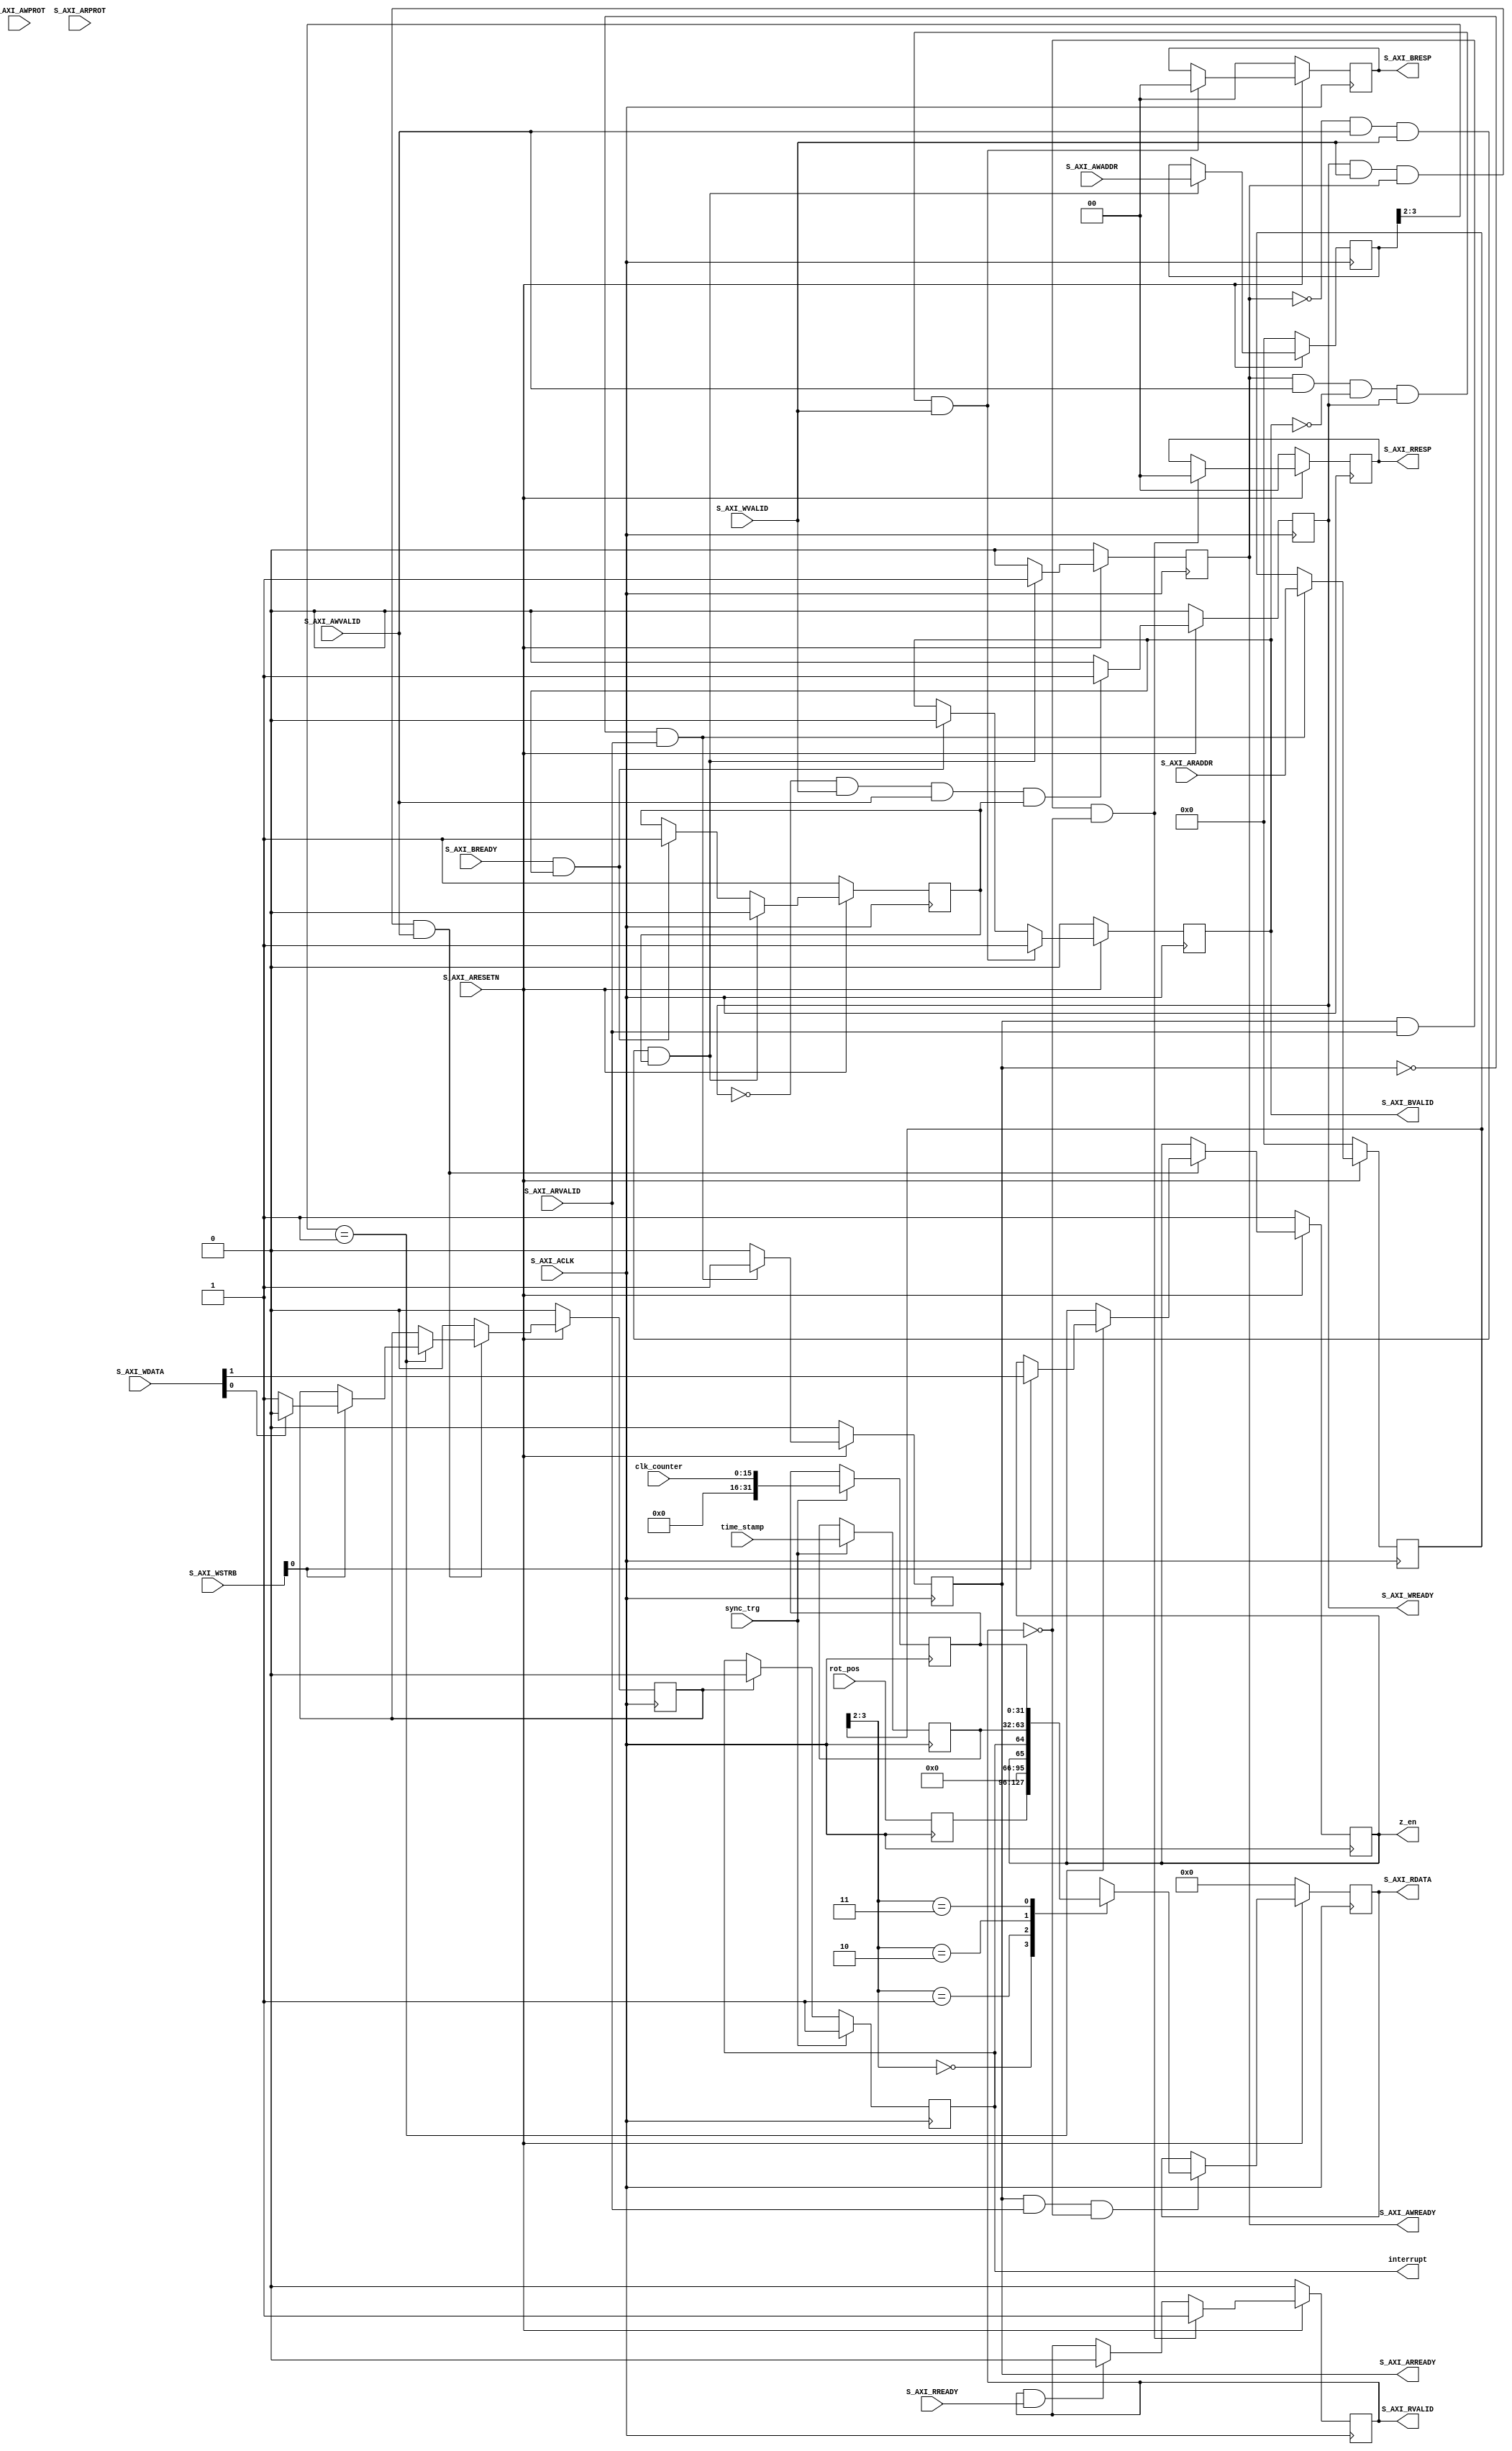
`timescale 1 ns / 1 ps

module axi_gb_rotary_S00_AXI
    (
        input wire sync_trg,
        input wire [31:0] rot_pos,
        input wire [31:0] time_stamp,
        input wire [15:0] clk_counter,
        output wire interrupt,
        output wire z_en,

        input wire  S_AXI_ACLK,
        input wire  S_AXI_ARESETN,
        input wire [3 : 0] S_AXI_AWADDR,
        input wire [2 : 0] S_AXI_AWPROT,
        input wire  S_AXI_AWVALID,
        output wire  S_AXI_AWREADY,
        input wire [31 : 0] S_AXI_WDATA,
        input wire [3 : 0] S_AXI_WSTRB,
        input wire  S_AXI_WVALID,
        output wire  S_AXI_WREADY,
        output wire [1 : 0] S_AXI_BRESP,
        output wire  S_AXI_BVALID,
        input wire  S_AXI_BREADY,
        input wire [3 : 0] S_AXI_ARADDR,
        input wire [2 : 0] S_AXI_ARPROT,
        input wire  S_AXI_ARVALID,
        output wire  S_AXI_ARREADY,
        output wire [31 : 0] S_AXI_RDATA,
        output wire [1 : 0] S_AXI_RRESP,
        output wire  S_AXI_RVALID,
        input wire  S_AXI_RREADY
    );

    // AXI4LITE signals
    reg [3 : 0]     axi_awaddr;
    reg             axi_awready;
    reg             axi_wready;
    reg [1 : 0]     axi_bresp;
    reg             axi_bvalid;
    reg [3 : 0]     axi_araddr;
    reg             axi_arready;
    reg [31 : 0]    axi_rdata;
    reg [1 : 0]     axi_rresp;
    reg             axi_rvalid;

    localparam integer ADDR_LSB = 2;
    localparam integer OPT_MEM_ADDR_BITS = 1;

    reg [31:0]  slv_reg0;
    reg [31:0]  slv_reg1;
    reg [31:0]  slv_reg2;
    reg [31:0]  slv_reg3;
    wire        slv_reg_rden;
    wire        slv_reg_wren;
    reg [31:0]  reg_data_out;
    integer     byte_index;
    reg         aw_en;
    
    reg sync_detected;
    reg intr_reset;
    reg z_en_reg;
    
    assign interrupt = sync_detected;

    // I/O Connections assignments

    assign S_AXI_AWREADY	= axi_awready;
    assign S_AXI_WREADY	= axi_wready;
    assign S_AXI_BRESP	= axi_bresp;
    assign S_AXI_BVALID	= axi_bvalid;
    assign S_AXI_ARREADY	= axi_arready;
    assign S_AXI_RDATA	= axi_rdata;
    assign S_AXI_RRESP	= axi_rresp;
    assign S_AXI_RVALID	= axi_rvalid;

    always @( posedge S_AXI_ACLK ) begin
        if ( S_AXI_ARESETN == 1'b0 ) begin
            axi_awready <= 1'b0;
            aw_en <= 1'b1;
        end else begin
            if (~axi_awready && S_AXI_AWVALID && S_AXI_WVALID && aw_en) begin
                axi_awready <= 1'b1;
                aw_en <= 1'b0;
            end else if (S_AXI_BREADY && axi_bvalid) begin
                aw_en <= 1'b1;
                axi_awready <= 1'b0;
            end else begin
                axi_awready <= 1'b0;
            end
        end
    end

    always @( posedge S_AXI_ACLK ) begin
        if ( S_AXI_ARESETN == 1'b0 ) begin
            axi_awaddr <= 0;
        end else begin    
            if (~axi_awready && S_AXI_AWVALID && S_AXI_WVALID && aw_en) begin
                axi_awaddr <= S_AXI_AWADDR;
            end
        end 
    end

    always @( posedge S_AXI_ACLK ) begin
        if ( S_AXI_ARESETN == 1'b0 ) begin
            axi_wready <= 1'b0;
        end else begin    
            if (~axi_wready && S_AXI_WVALID && S_AXI_AWVALID && aw_en ) begin
                axi_wready <= 1'b1;
            end else begin
                axi_wready <= 1'b0;
            end
        end 
    end       

    assign slv_reg_wren = axi_wready && S_AXI_WVALID && axi_awready && S_AXI_AWVALID;

    always @( posedge S_AXI_ACLK ) begin
        if ( S_AXI_ARESETN == 1'b0 ) begin
            slv_reg1 <= 0;
            intr_reset <= 1'b0;
            z_en_reg <= 1'b1;
        end else begin
            if (slv_reg_wren) begin
                case ( axi_awaddr[ADDR_LSB+OPT_MEM_ADDR_BITS:ADDR_LSB] )
                2'h1:
                    if ( S_AXI_WSTRB[0] == 1) begin // 7 to 0
                        // 0: interrupt status. Put 0 to reset
                        if ( S_AXI_WDATA[0] == 1'b0 )
                            intr_reset <= 1'b1;
                        else
                            intr_reset <= 1'b0;
                        z_en_reg <= S_AXI_WDATA[1];
                    end
                default : begin
                    ;
                end
                endcase
            end else begin
                intr_reset <= 1'b0;
                z_en_reg <= z_en_reg;
            end
        end
    end

    always @( posedge S_AXI_ACLK )
    begin
        if ( S_AXI_ARESETN == 1'b0 )
        begin
            axi_bvalid  <= 0;
            axi_bresp   <= 2'b0;
        end
        else
        begin
            if (axi_awready && S_AXI_AWVALID && ~axi_bvalid && axi_wready && S_AXI_WVALID)
            begin
                // indicates a valid write response is available
                axi_bvalid <= 1'b1;
                axi_bresp  <= 2'b0; // 'OKAY' response 
            end                   // work error responses in future
            else
            begin
                if (S_AXI_BREADY && axi_bvalid)
                begin
                    axi_bvalid <= 1'b0; 
                end
            end
        end
    end   

    always @( posedge S_AXI_ACLK )
    begin
        if ( S_AXI_ARESETN == 1'b0 ) begin
            axi_arready <= 1'b0;
            axi_araddr  <= 32'b0;
        end else begin
            if (~axi_arready && S_AXI_ARVALID) begin
                axi_arready <= 1'b1;
                axi_araddr  <= S_AXI_ARADDR;
            end else begin
                axi_arready <= 1'b0;
            end
        end
    end

    always @( posedge S_AXI_ACLK )
    begin
        if ( S_AXI_ARESETN == 1'b0 ) begin
            axi_rvalid <= 0;
            axi_rresp  <= 0;
        end else begin    
            if (axi_arready && S_AXI_ARVALID && ~axi_rvalid) begin
                axi_rvalid <= 1'b1;
                axi_rresp  <= 2'b0; // 'OKAY' response
            end else if (axi_rvalid && S_AXI_RREADY) begin
                axi_rvalid <= 1'b0;
            end
        end
    end

    assign slv_reg_rden = axi_arready & S_AXI_ARVALID & ~axi_rvalid;
    always @(*)
    begin
        // Address decoding for reading registers
        case ( axi_araddr[ADDR_LSB+OPT_MEM_ADDR_BITS:ADDR_LSB] )
        2'h0   : reg_data_out <= slv_reg0;
        2'h1   : reg_data_out <= {30'b0, z_en_reg, sync_detected};
        2'h2   : reg_data_out <= slv_reg2;
        2'h3   : reg_data_out <= slv_reg3;
        default : reg_data_out <= 0;
        endcase
    end

    // Output register or memory read data
    always @( posedge S_AXI_ACLK )
    begin
        if ( S_AXI_ARESETN == 1'b0 )
        begin
            axi_rdata  <= 0;
        end 
        else
        begin    
            if (slv_reg_rden)
            begin
                axi_rdata <= reg_data_out;     // register read data
            end   
        end
    end    
    
    always @( posedge S_AXI_ACLK )
    begin
        slv_reg0 <= rot_pos;
    end

    always @( posedge S_AXI_ACLK ) begin
        if ( sync_trg ) begin
            sync_detected <= 1'b1;
            slv_reg2 <= time_stamp;
            slv_reg3 <= clk_counter;
            
        end 
        else if ( intr_reset )
            sync_detected <= 1'b0;
    end

    assign z_en = z_en_reg;

endmodule